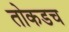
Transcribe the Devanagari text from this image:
तोकडच